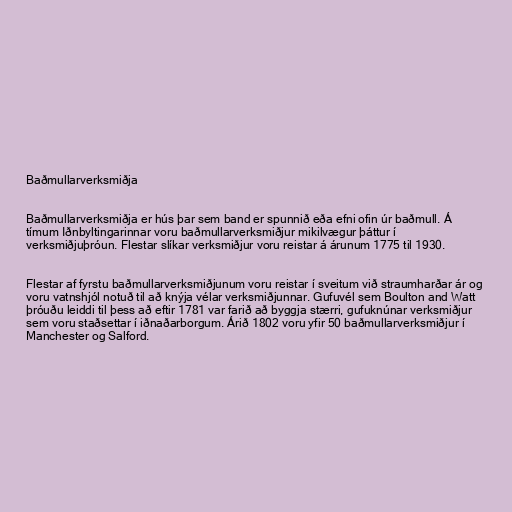
Baðmullarverksmiðja

Baðmullarverksmiðja er hús þar sem band er spunnið eða efni ofin úr baðmull. Á
tímum Iðnbyltingarinnar voru baðmullarverksmiðjur mikilvægur þáttur í
verksmiðjuþróun. Flestar slíkar verksmiðjur voru reistar á árunum 1775 til 1930.

Flestar af fyrstu baðmullarverksmiðjunum voru reistar í sveitum við straumharðar ár og
voru vatnshjól notuð til að knýja vélar verksmiðjunnar. Gufuvél sem Boulton and Watt
þróuðu leiddi til þess að eftir 1781 var farið að byggja stærri, gufuknúnar verksmiðjur
sem voru staðsettar í iðnaðarborgum. Árið 1802 voru yfir 50 baðmullarverksmiðjur í
Manchester og Salford.